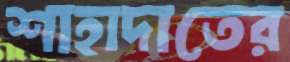
শাহাদাতের